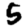
Digit: 5